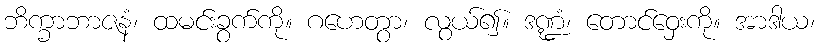
ဘိက္ခာဘာဇနံ၊ ထမင်းခွက်ကို။ ဂဟေတွာ၊ လွယ်၍။ ဒဏ္ဍံ၊ တောင်ဝှေးကို။ အာဒါယ၊